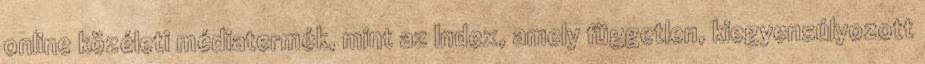
online közéleti médiatermék, mint az Index, amely független, kiegyensúlyozott